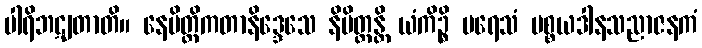
ပါရိဘဋျတာတိ။ နေမိတ္တိကတာနိဒ္ဒေသေ နိမိတ္တန္တိ ယံကိဉ္စိ ပရေသံ ပစ္စယဒါနသညာဇနကံ